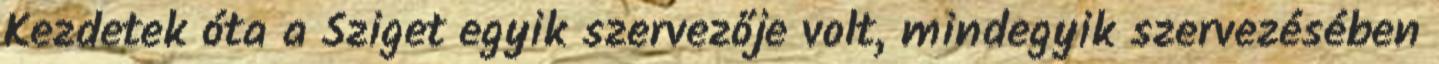
Kezdetek óta a Sziget egyik szervezője volt, mindegyik szervezésében